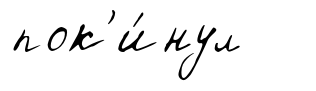
пок'и́нул